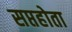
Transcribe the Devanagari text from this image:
सप्तहोता